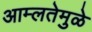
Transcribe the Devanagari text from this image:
आम्लतेमुळे